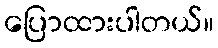
ပြောထားပါတယ်။